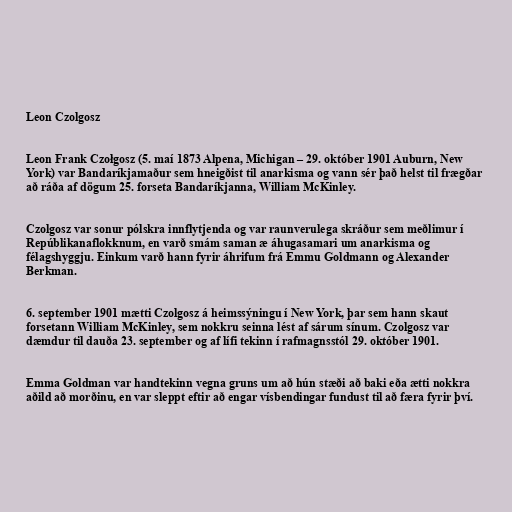
Leon Czolgosz

Leon Frank Czołgosz (5. maí 1873 Alpena, Michigan – 29. október 1901 Auburn, New
York) var Bandaríkjamaður sem hneigðist til anarkisma og vann sér það helst til frægðar
að ráða af dögum 25. forseta Bandaríkjanna, William McKinley.

Czolgosz var sonur pólskra innflytjenda og var raunverulega skráður sem meðlimur í
Repúblikanaflokknum, en varð smám saman æ áhugasamari um anarkisma og
félagshyggju. Einkum varð hann fyrir áhrifum frá Emmu Goldmann og Alexander
Berkman.

6. september 1901 mætti Czolgosz á heimssýningu í New York, þar sem hann skaut
forsetann William McKinley, sem nokkru seinna lést af sárum sínum. Czolgosz var
dæmdur til dauða 23. september og af lífi tekinn í rafmagnsstól 29. október 1901.

Emma Goldman var handtekinn vegna gruns um að hún stæði að baki eða ætti nokkra
aðild að morðinu, en var sleppt eftir að engar vísbendingar fundust til að færa fyrir því.